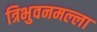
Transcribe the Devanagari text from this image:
त्रिभुवनमल्‍ला